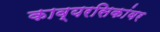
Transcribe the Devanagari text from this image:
काव्यरसिकांवर